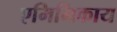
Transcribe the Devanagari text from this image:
एमिमिकाय